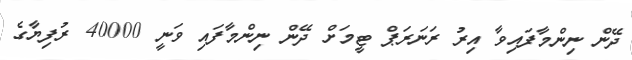
ދޭން ނިންމާފައިވާ އިރު ރަނަރަޕް ޓީމަށް ދޭން ނިންމާފައި ވަނީ 40000 ރުފިޔާގެ